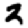
Digit: 3